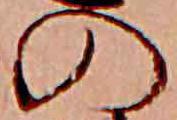
の